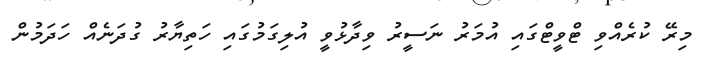
މިރޭ ކުރެއްވި ޓްވީޓްގައި އުމަރު ނަސީރު ވިދާޅުވީ އުލިގަމުގައި ހަތިޔާރު ގުދަނެއް ހަދަަމުން